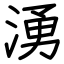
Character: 湧